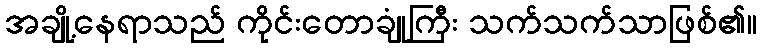
အချို့နေရာသည် ကိုင်းတောချုံကြီး သက်သက်သာဖြစ်၏။